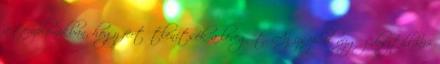
a templomikban, hogy fertőtlenítsék a levegőt. Az izsópból vízgőz-desztilláció